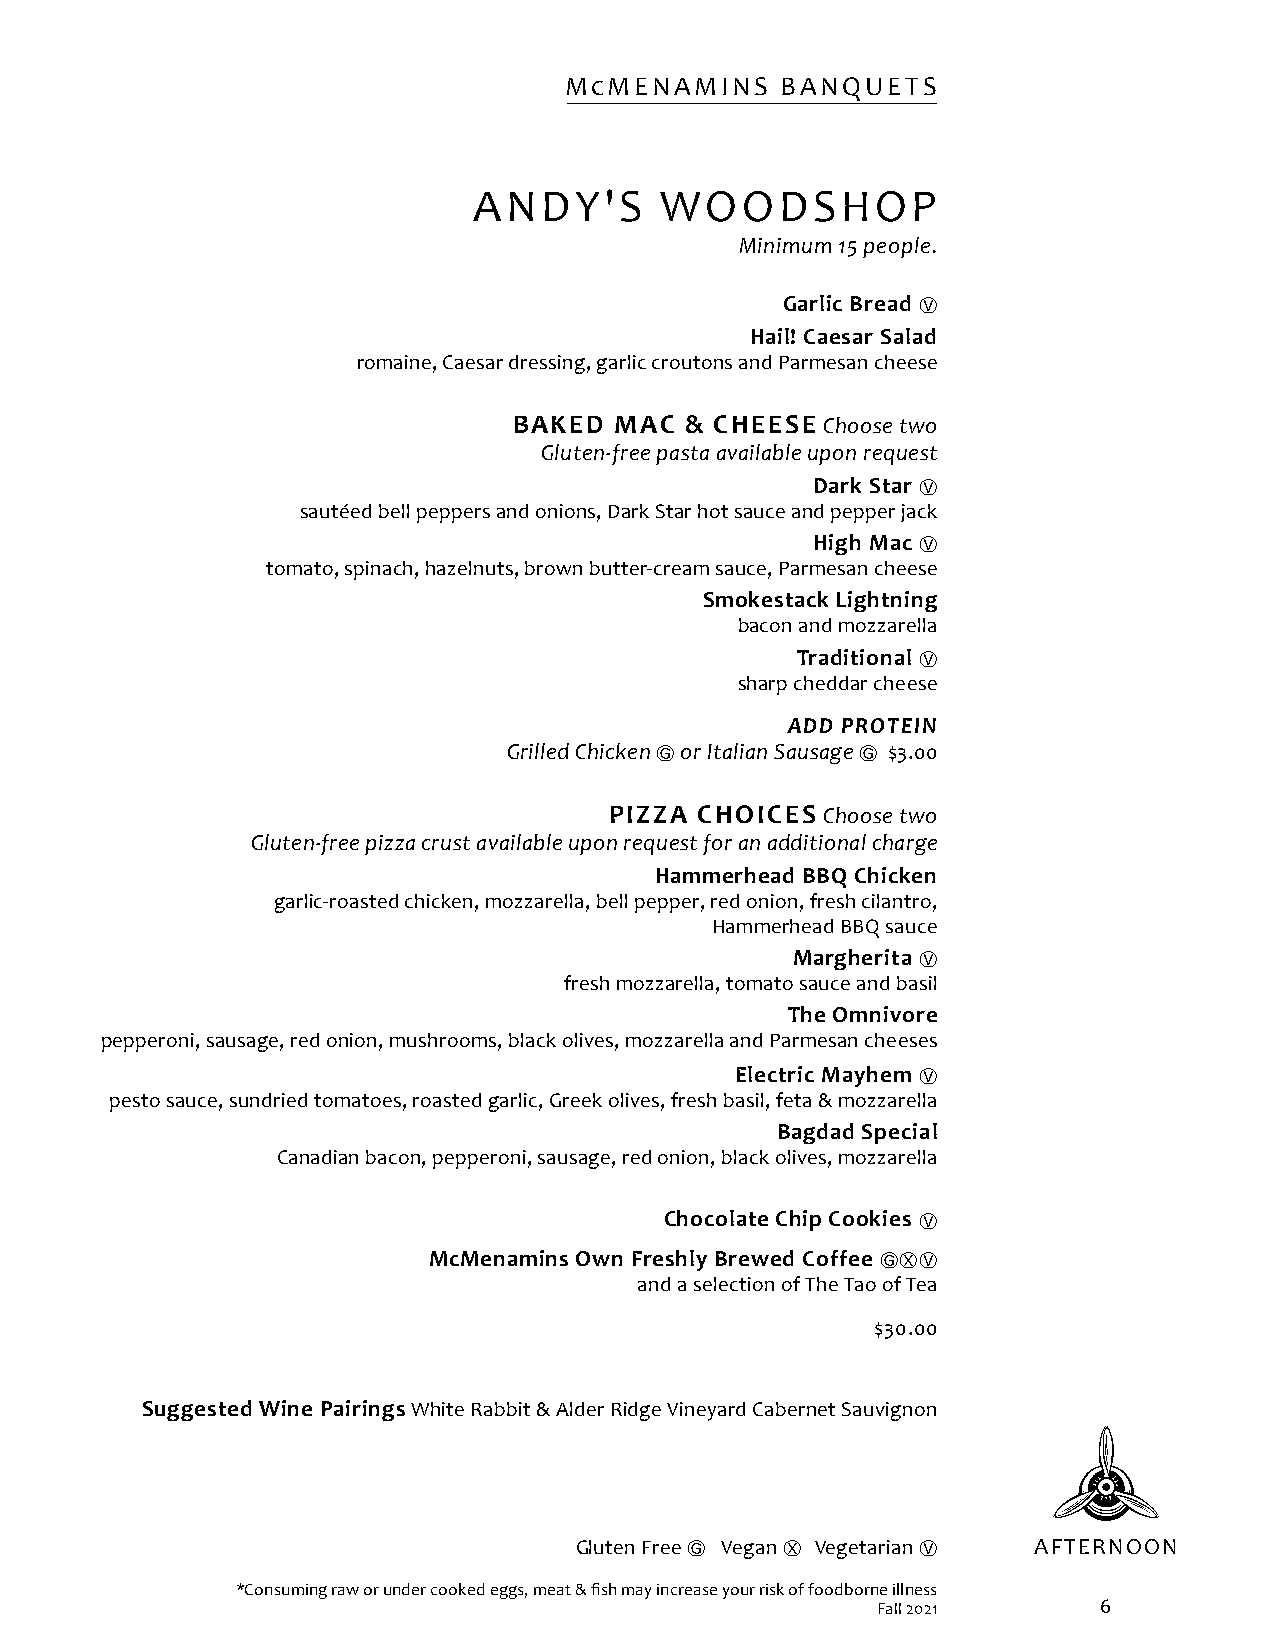
McMENAMINS     BANQUETS
 ANDY'S       WOODSHOP
 Minimum 15 people.
 Garlic Bread
 Ⓥ
 Hail! Caesar Salad
 romaine, Caesar dressing, garlic croutons and Parmesan cheese
 BAKED  MAC & CHEESE  Choose two
 Gluten-free pasta available upon request
 Dark Star
 Ⓥ
 sautéed bell peppers and onions, Dark Star hot sauce and pepper jack
 High Mac
 Ⓥ
 tomato, spinach, hazelnuts, brown butter-cream sauce, Parmesan cheese
 Smokestack Lightning
 bacon and mozzarella
 Traditional
 Ⓥ
 sharp cheddar cheese
 ADD PROTEIN
 Grilled Chicken Ⓖ or Italian Sausage Ⓖ $3.00
 PIZZA CHOICES  Choose two
 Gluten-free pizza crust available upon request for an additional charge
 Hammerhead BBQ Chicken
 garlic-roasted chicken, mozzarella, bell pepper, red onion, fresh cilantro,
 Hammerhead BBQ sauce
 Margherita
 Ⓥ
 fresh mozzarella, tomato sauce and basil
 The Omnivore
 pepperoni, sausage, red onion, mushrooms, black olives, mozzarella and Parmesan cheeses
 Electric Mayhem
 Ⓥ
 pesto sauce, sundried tomatoes, roasted garlic, Greek olives, fresh basil, feta & mozzarella
 Bagdad Special
 Canadian bacon, pepperoni, sausage, red onion, black olives, mozzarella
 Chocolate Chip Cookies
 Ⓥ
 McMenamins Own Freshly Brewed Coffee
 ⒼⓍⓋ
 and a selection of The Tao of Tea
 $30.00
 Suggested Wine Pairings White Rabbit & Alder Ridge Vineyard Cabernet Sauvignon
 Gluten Free Ⓖ Vegan Ⓧ Vegetarian Ⓥ AFTERNOON
 *Consuming raw or under cooked eggs, meat & fish may increase your risk of foodborne illness
 Fall 2021      6